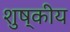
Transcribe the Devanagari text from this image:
शुष्कीय